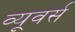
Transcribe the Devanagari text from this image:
व्यूवर्स